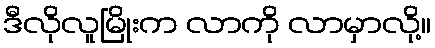
ဒီလိုလူမြိုးက လာကို လာမှာလို့။